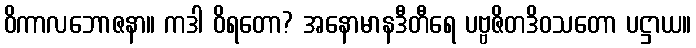
ဝိကာလဘောဇနာ။ ကဒါ ဝိရတော? အနောမာနဒီတီရေ ပဗ္ဗဇိတဒိဝသတော ပဋ္ဌာယ။